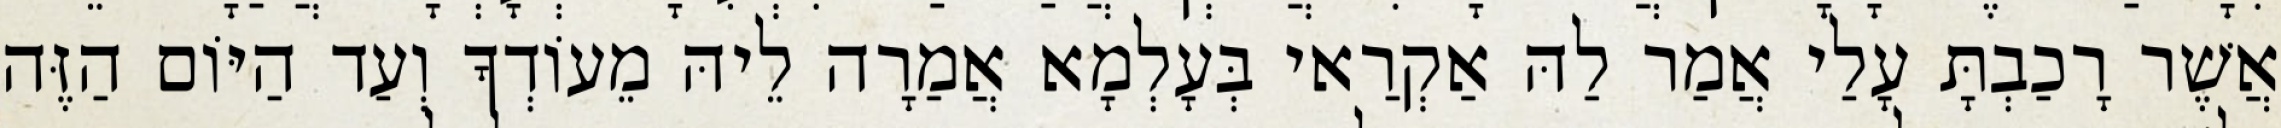
אֲשֶׁר רָכַבְתָּ עָלַי אֲמַר לַהּ אַקְרַאי בְּעָלְמָא אֲמַרָה לֵיהּ מֵעוֹדְךָ וְעַד הַיּוֹם הַזֶּה